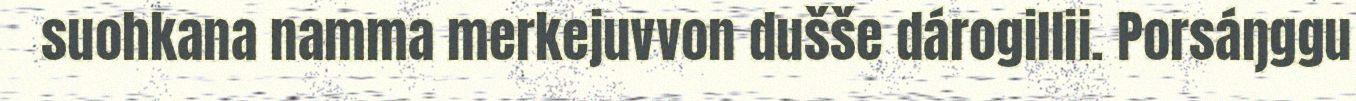
suohkana namma merkejuvvon dušše dárogillii. Porsáŋggu